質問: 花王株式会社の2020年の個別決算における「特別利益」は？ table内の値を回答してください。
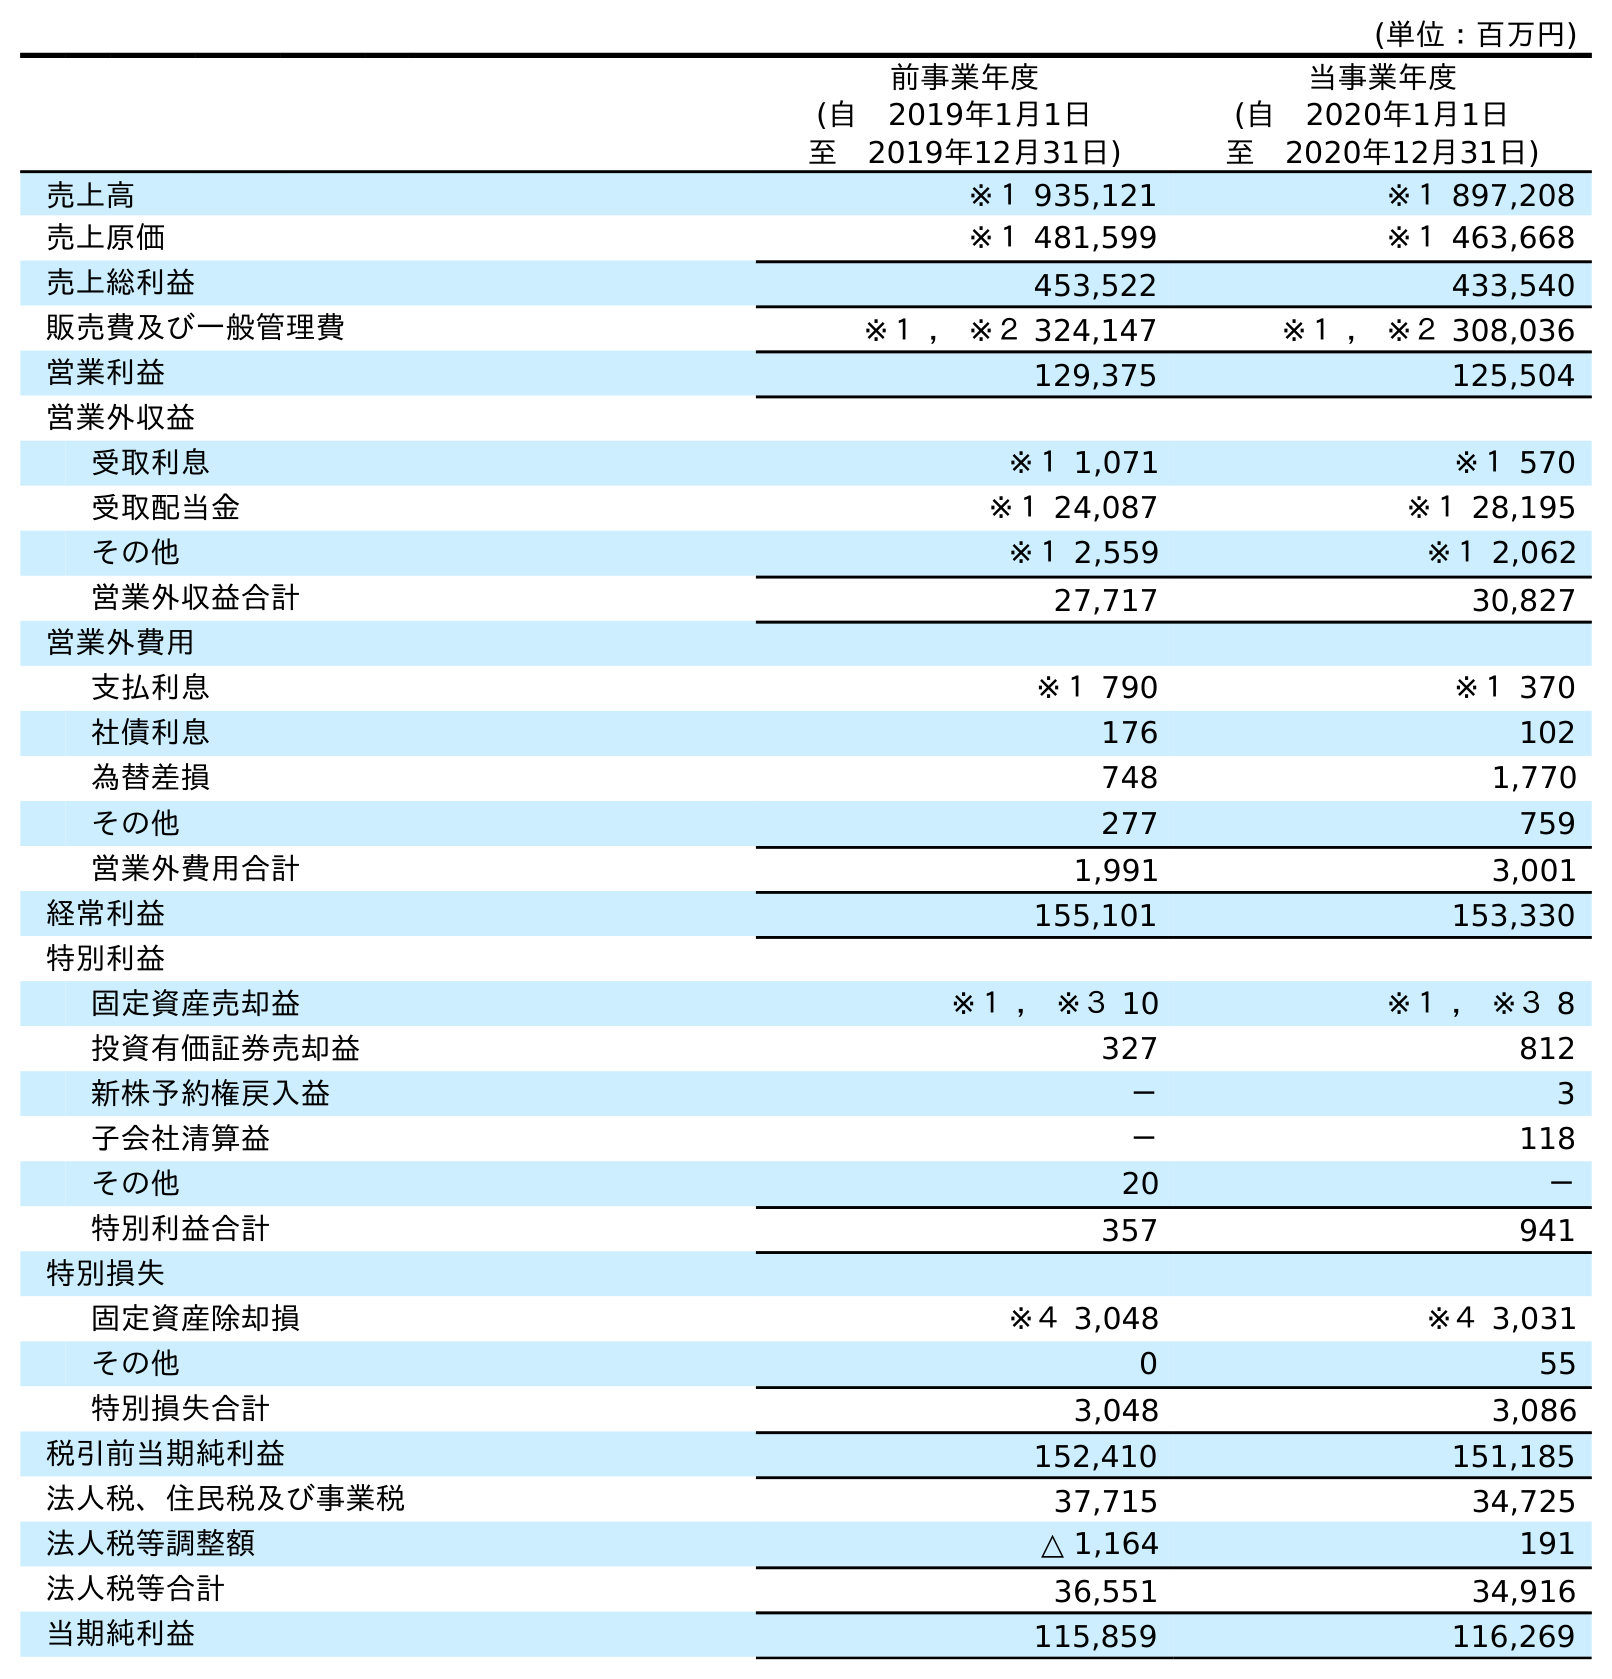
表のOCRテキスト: (単位：百万円) 前事業年度 (自 2019年1月1日 至 2019年12月31日) 当事業年度 (自 2020年1月1日 至 2020年12月31日) 売上高 ※１ 935,121 ※１ 897,208 売上原価 ※１ 481,599 ※１ 463,668 売上総利益 453,522 433,540 販売費及び一般管理費 ※１ ， ※２ 324,147 ※１ ， ※２ 308,036 営業利益 129,375 125,504 営業外収益 受取利息 ※１ 1,071 ※１ 570 受取配当金 ※１ 24,087 ※１ 28,195 その他 ※１ 2,559 ※１ 2,062 営業外収益合計 27,717 30,827 営業外費用 支払利息 ※１ 790 ※１ 370 社債利息 176 102 為替差損 748 1,770 その他 277 759 営業外費用合計 1,991 3,001 経常利益 155,101 153,330 特別利益 固定資産売却益 ※１ ， ※３ 10 ※１ ， ※３ 8 投資有価証券売却益 327 812 新株予約権戻入益 － 3 子会社清算益 － 118 その他 20 － 特別利益合計 357 941 特別損失 固定資産除却損 ※４ 3,048 ※４ 3,031 その他 0 55 特別損失合計 3,048 3,086 税引前当期純利益 152,410 151,185 法人税、住民税及び事業税 37,715 34,725 法人税等調整額 △ 1,164 191 法人税等合計 36,551 34,916 当期純利益 115,859 116,269
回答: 941